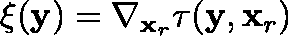
\mathbf { \xi } ( \mathbf { y } ) = \nabla _ { \mathbf { x } _ { r } } \tau ( \mathbf { y } , \mathbf { x } _ { r } )